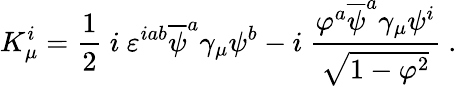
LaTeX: K_{\mu}^{i}=\frac 12~i~\varepsilon^{iab}\overline{{{\psi}}}^{a}\gamma_{\mu}\psi^{b}-i~{\frac{\varphi^{a}\overline{{{\psi}}}^{a}\gamma_{\mu}\psi^{i}}{\sqrt{1-{\varphi}^{2}}}}~.